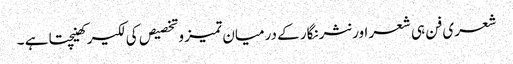
شعری فن ہی شعر اور نثر نگار کے درمیان تمیز وتخصیص کی لکیر کھینچتا ہے ۔